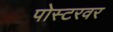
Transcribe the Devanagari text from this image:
पोस्टरवर